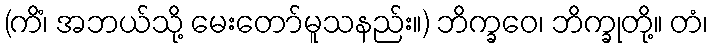
(ကိံ၊ အဘယ်သို့ မေးတော်မူသနည်း။) ဘိက္ခဝေ၊ ဘိက္ခုတို့။ တံ၊